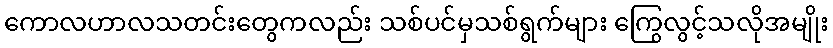
ကောလဟာလသတင်းတွေကလည်း သစ်ပင်မှသစ်ရွက်များ ကြွေလွင့်သလိုအမျိုး